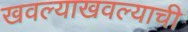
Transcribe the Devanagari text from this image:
खवल्याखवल्याची